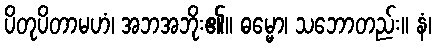
ပိတုပိတာမဟံ၊ အဘအဘိုး၏။ ဓမ္မော၊ သဘောတည်း။ နံ၊